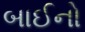
બાઈનો